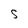
Character: S